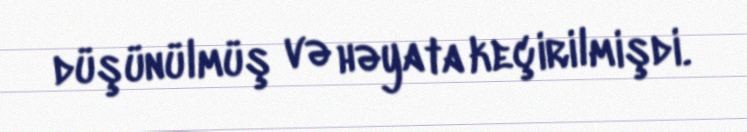
düşünülmüş və həyata keçirilmişdi.